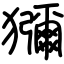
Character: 獼